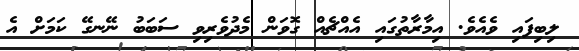
ލިބިފައި ވެއެވެ. އިމާރާތުގައި އެއްޗެއް ގޮވަން މެދުވެރިވި ސަބަބު ނޭނގޭ ކަމަށް އެ